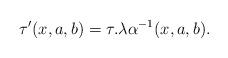
LaTeX: \begin{align*}\tau'(x,a,b)=\tau.\lambda\alpha^{-1}(x,a,b).\end{align*}